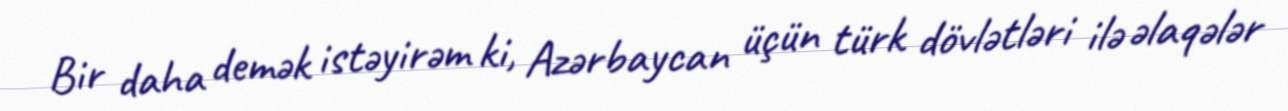
Bir daha demək istəyirəm ki, Azərbaycan üçün türk dövlətləri ilə əlaqələr